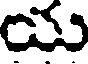
య